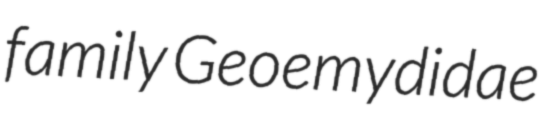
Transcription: family Geoemydidae